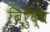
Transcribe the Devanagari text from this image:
बिरुद्ध